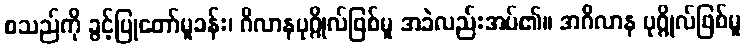
စသည်ကို ခွင့်ပြုတော်မူခန်း၊ ဂိလာနပုဂ္ဂိုလ်ဖြစ်မူ အခဲလည်းအပ်၏။ အဂိလာန ပုဂ္ဂိုလ်ဖြစ်မူ